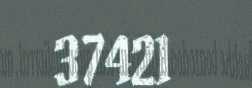
37421